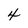
Character: 4